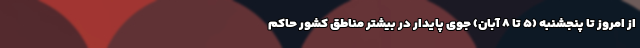
از امروز تا پنجشنبه (۵ تا ۸ آبان) جوی پایدار در بیشتر مناطق کشور حاکم